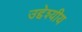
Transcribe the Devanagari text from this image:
उद्देश्यीय